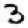
Digit: 3